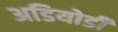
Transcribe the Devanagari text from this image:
अडियोडी